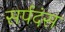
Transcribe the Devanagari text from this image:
सर्पदंस